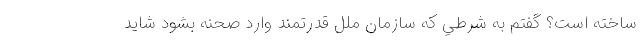
ساخته است؟ گفتم به شرطي كه سازمان ملل قدرتمند وارد صحنه بشود شايد